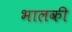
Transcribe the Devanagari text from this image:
भालकी